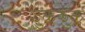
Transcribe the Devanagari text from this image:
झुकझुक